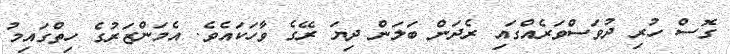
ގޮސް ހުރި ދުވަސްވަރެއްގައި ރެދަން ބަލަން ދިޔަ ރޭގެ ވާހަކައެވެ. އެމަންޒަރުގެ ހިތްގައިމު